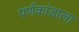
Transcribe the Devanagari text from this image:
पर्णकांडाला